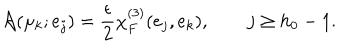
LaTeX: { \cal A } ( \mu _ { k } ; e _ { j } ) = { \frac { \epsilon } { 2 } } \chi _ { F } ^ { ( 3 ) } ( e _ { j } , e _ { k } ) , \qquad j \ge h _ { 0 } - 1 .